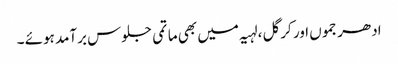
ادھر جموں اور کرگل ،لہیہ میں بھی ماتمی جلوس برآمد ہوئے ۔